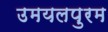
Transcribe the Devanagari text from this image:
उमयलपुरम